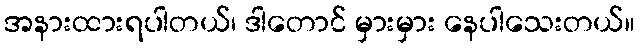
အနားထားရပါတယ်၊ ဒါတောင် မှားမှား နေပါသေးတယ်။